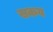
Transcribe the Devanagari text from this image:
सकय